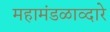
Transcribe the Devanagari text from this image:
महामंडळाव्दारे